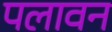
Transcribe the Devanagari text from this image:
पलावन